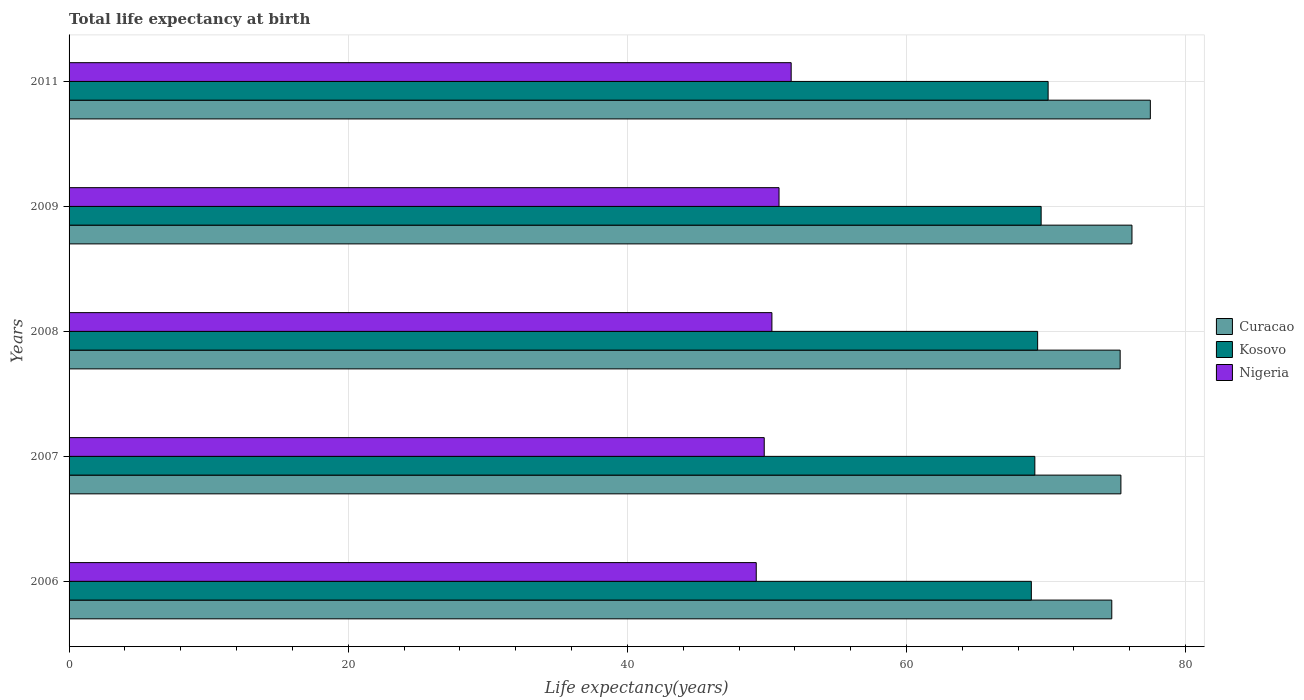
| Years | Curacao | Kosovo | Nigeria |
 | --- | --- | --- | --- |
 | 2006 | 74.7 | 68.9 | 49.2 |
 | 2007 | 75.4 | 69.2 | 49.8 |
 | 2008 | 75.3 | 69.4 | 50.4 |
 | 2009 | 76.2 | 69.6 | 50.9 |
 | 2011 | 77.5 | 70.1 | 51.7 |